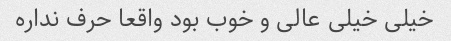
خیلی خیلی عالی و خوب بود واقعا حرف نداره